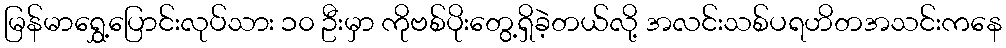
မြန်မာရွှေ့ပြောင်းလုပ်သား ၁၀ ဦးမှာ ကိုဗစ်ပိုးတွေ့ရှိခဲ့တယ်လို့ အလင်းသစ်ပရဟိတအသင်းကနေ